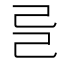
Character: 𢀵